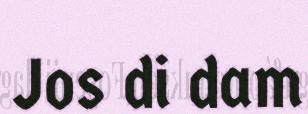
Jos di dam